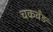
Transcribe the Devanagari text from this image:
चकवँड़